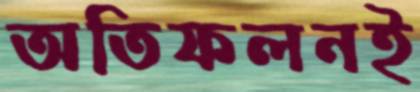
অতিফলনই